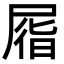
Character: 㞛